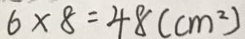
6 \times 8 = 4 8 ( c m ^ { 2 } )